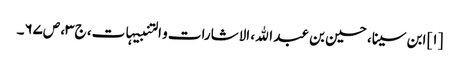
[۱] ابن سینا، حسین بن عبد الله، الاشارات و التنبیہات، ج‌۳، ص‌۶۷‌۔